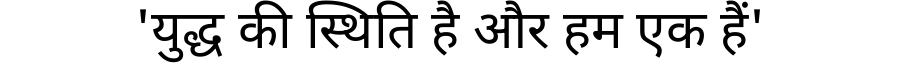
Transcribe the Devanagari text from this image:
'युद्ध की स्थिति है और हम एक हैं'